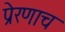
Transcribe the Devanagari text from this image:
प्रेरणाच